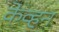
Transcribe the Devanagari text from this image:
केव्हन